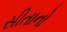
સીતાનો